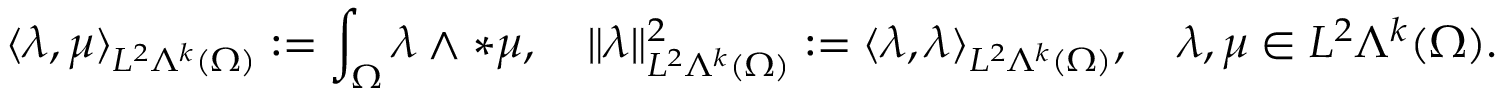
\langle \lambda , \mu \rangle _ { L ^ { 2 } \Lambda ^ { k } ( \Omega ) } : = \int _ { \Omega } \lambda \wedge \ast \mu , \quad \Vert \lambda \Vert _ { L ^ { 2 } \Lambda ^ { k } ( \Omega ) } ^ { 2 } : = \langle \lambda , \lambda \rangle _ { L ^ { 2 } \Lambda ^ { k } ( \Omega ) } , \quad \lambda , \mu \in L ^ { 2 } \Lambda ^ { k } ( \Omega ) .